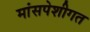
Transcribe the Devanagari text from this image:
मांसपेशीगत